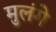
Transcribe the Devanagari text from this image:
मुलंगे